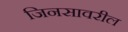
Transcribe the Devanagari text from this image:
जिनसावरील